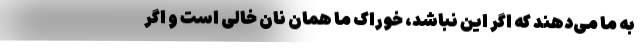
به ما می‌دهند که اگر این نباشد، خوراک ما همان نان خالی است و اگر